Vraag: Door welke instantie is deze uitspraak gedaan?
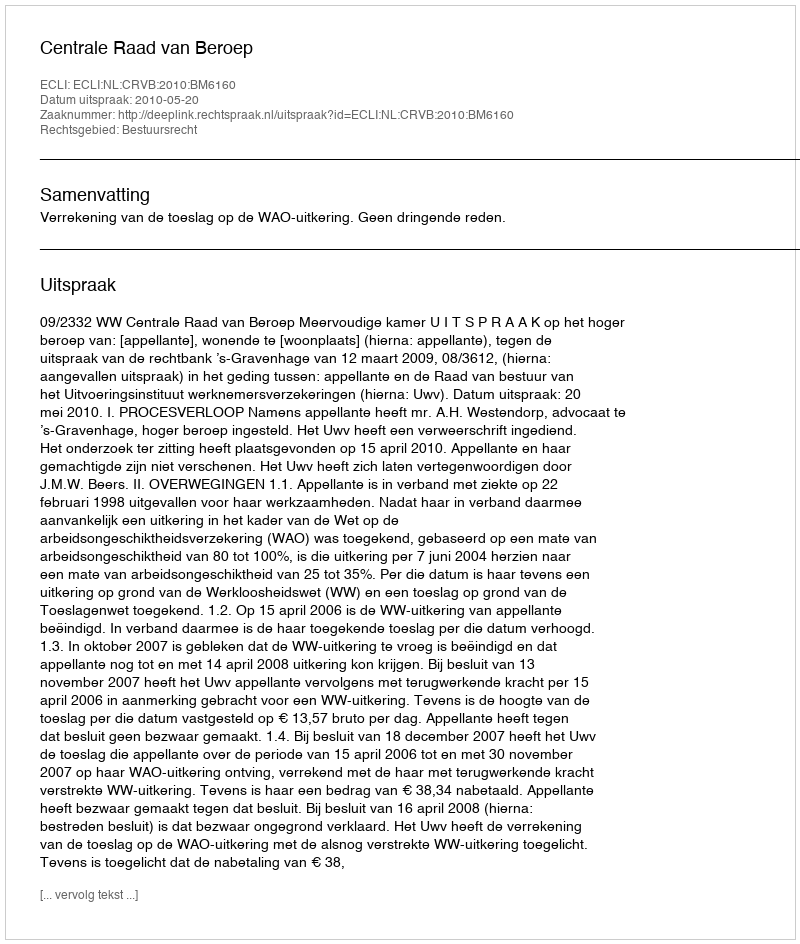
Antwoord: Centrale Raad van Beroep